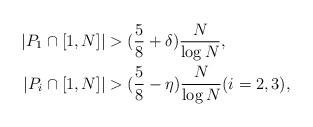
LaTeX: \begin{align*}\left\vert P_{1}\cap\lbrack1,N]\right\vert & >(\frac{5}{8}+\delta)\frac{N}{\log N},\\\left\vert P_{i}\cap\lbrack1,N]\right\vert & >(\frac{5}{8}-\eta)\frac{N}{\log N}(i=2,3), \end{align*}